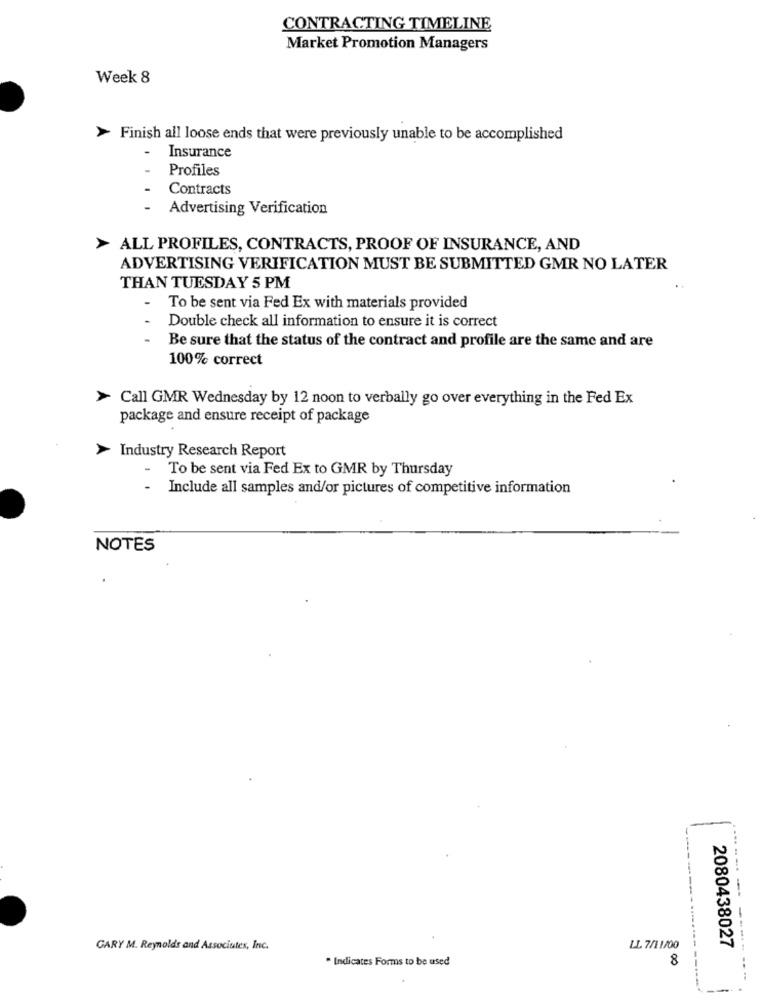
CONTRACTING TIMELINE
Market Promotion Managers
Week 8
> Finish all loose ends that were previously unable to be accomplished
-
Insurance
Profiles
Contracts
Advertising Verification
> ALL PROFILES, CONTRACTS, PROOF OF INSURANCE, AND
ADVERTISING VERIFICATION MUST BE SUBMITTED GMR NO LATER
THAN TUESDAY 5 PM
-
To be sent via Fed Ex with materials provided
Double check all information to ensure it is correct
Be sure that the status of the contract and profile are the same and are
100% correct
Call GMR Wednesday by 12 noon to verbally go over everything in the Fed Ex
package and ensure receipt of package
Industry Research Report
To be sent via Fed Ex to GMR by Thursday
Include all samples and/or pictures of competitive information
NOTES
GARY M. Reynolds and Associates, Inc.
LL. 7/11400
2080438027
* Indicates Forms to be used
8
----- ------